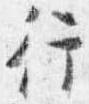
行